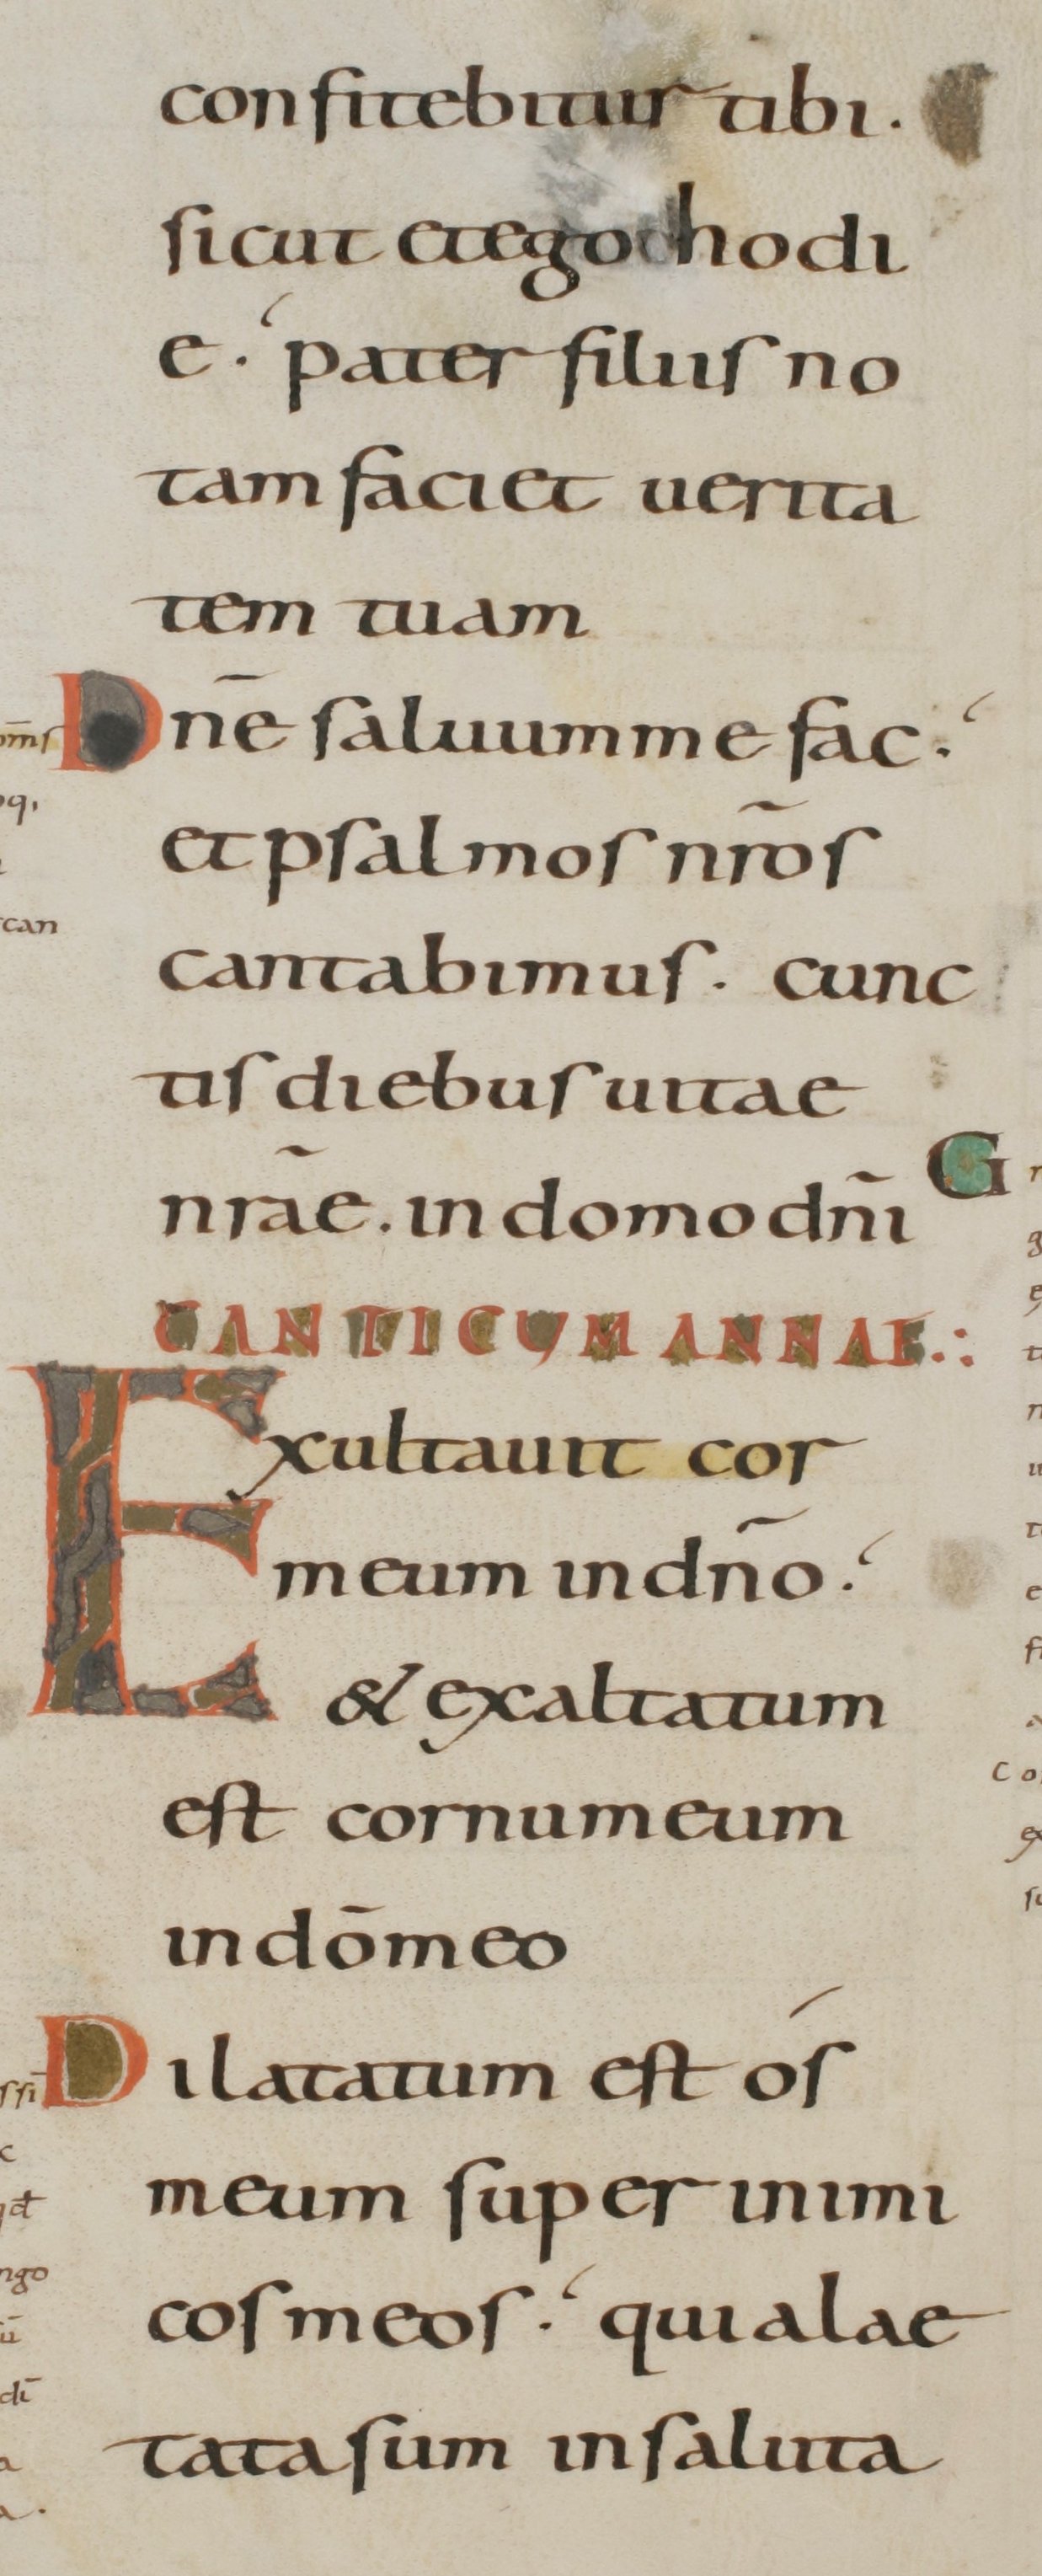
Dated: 800–899